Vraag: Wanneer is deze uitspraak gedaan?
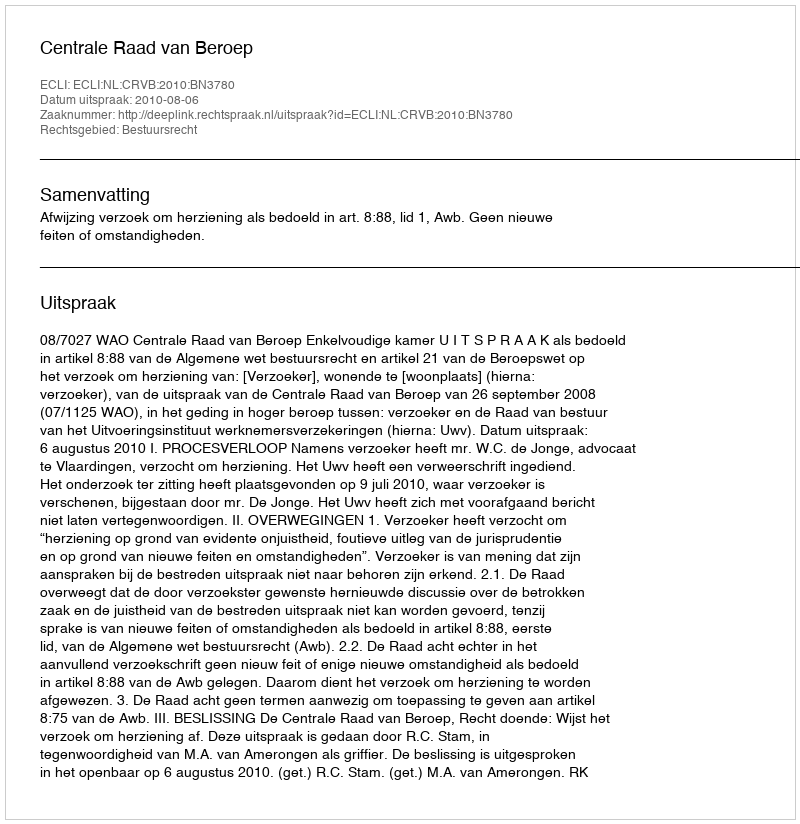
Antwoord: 2010-08-06